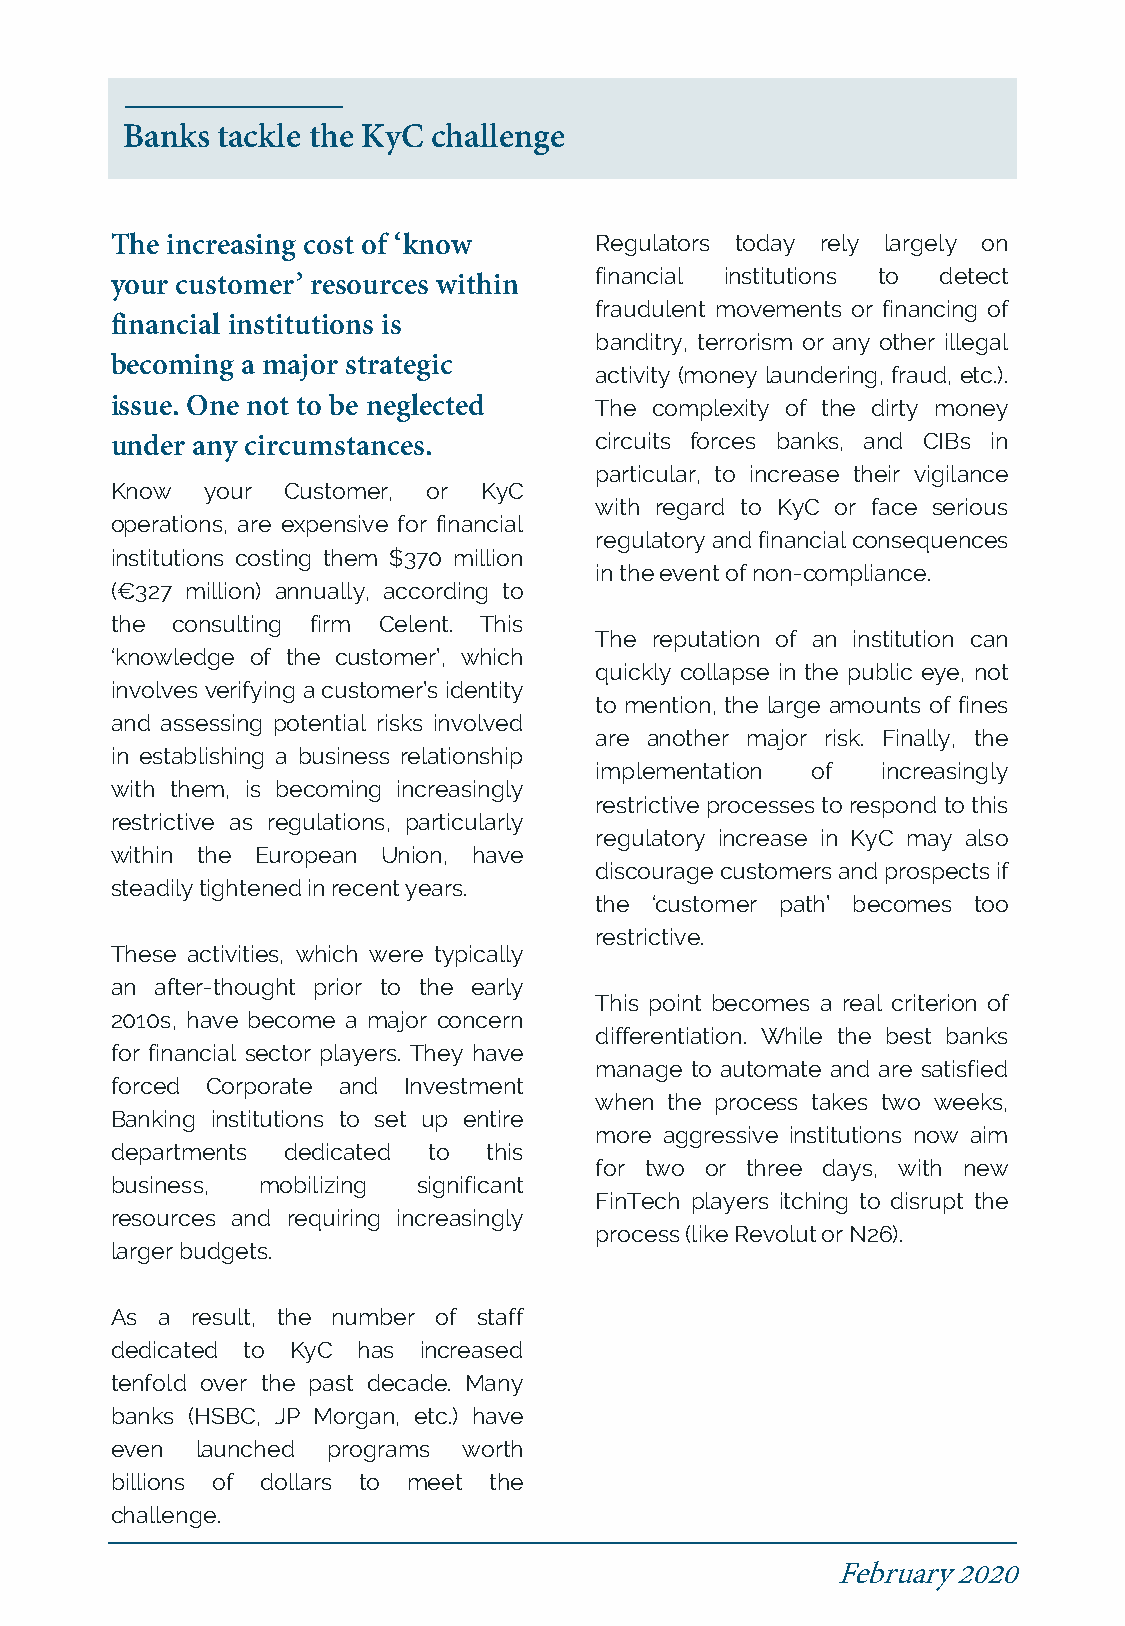
Banks tackle the KyC challenge
 The increasing cost of ‘know    Regulators today rely largely on
 financial institutions to detect
 your customer’ resources within
 fraudulent movements or financing of
 financial institutions is
 banditry, terrorism or any other illegal
 becoming a major strategic
 activity (money laundering, fraud, etc.).
 issue. One not to be neglected  The complexity of the dirty money
 under any circumstances.        circuits forces banks, and CIBs in
 particular, to increase their vigilance
 Know  your  Customer, or KyC
 with regard to KyC or face serious
 operations, are expensive for financial
 regulatory and financial consequences
 institutions costing them $370 million
 intheeventofnon-compliance.
 (€327 million) annually, according to
 the consulting firm Celent. This
 The reputation of an institution can
 ‘knowledge of the customer’, which
 quickly collapse in the public eye, not
 involves verifying acustomer’s identity
 to mention, the large amounts of fines
 and assessing potential risks involved
 are another major risk. Finally, the
 in establishing a business relationship
 implementation of  increasingly
 with them, is becoming increasingly
 restrictive processes to respondto this
 restrictive as regulations, particularly
 regulatory increase in KyC may also
 within the European Union, have
 discouragecustomersandprospectsif
 steadilytightenedinrecentyears.
 the ‘customer path’ becomes too
 restrictive.
 These activities, which were typically
 an after-thought prior to the early
 This point becomes a real criterion of
 2010s, have become a major concern
 differentiation. While the best banks
 for financial sector players. They have
 manage to automate and are satisfied
 forced Corporate and Investment
 when the process takes two weeks,
 Banking institutions to set up entire
 more aggressive institutions now aim
 departments dedicated to this
 for two or three days, with new
 business, mobilizing significant
 FinTech players itching to disrupt the
 resources and requiring increasingly
 process(likeRevolutorN26).
 largerbudgets.
 As a  result, the number of staff
 dedicated to KyC has increased
 tenfold over the past decade. Many
 banks (HSBC, JP Morgan, etc.) have
 even  launched programs worth
 billions of dollars to meet the
 challenge.
 February2020